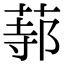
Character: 𦵟